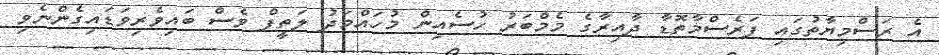
އެ ރަސްމިޔާތުގައި ފަރެސްމާތޮޑާ ދާއިރާގެ މެމްބަރު ހުސެއިން މުހައްމަދު ލަތީފް ވެސް ބައިވެރިވަޑައިގެންނެވި